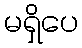
မရှိပေ